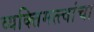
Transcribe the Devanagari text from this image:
व्यक्तिमत्त्वांचा